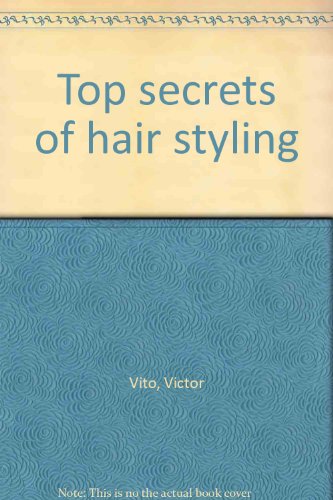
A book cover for Top secrets of hair styling; Victor Vito; Health, Fitness & Dieting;